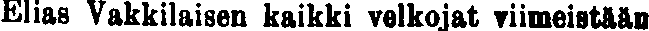
Elias Vakkilaisen kaikki velkojat viimeistään